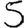
Digit: 5